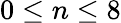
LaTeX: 0\leq n\leq 8